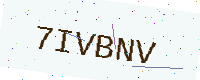
Text: 7IVBNV